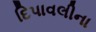
દિપાવલીના